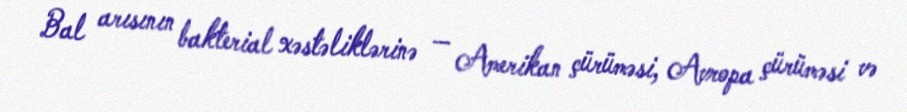
Bal arısının bakterial xəstəliklərinə — Amerikan çürüməsi, Avropa çürüməsi və